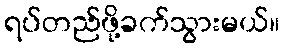
ရပ်တည်ဖို့ခက်သွားမယ်။